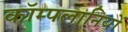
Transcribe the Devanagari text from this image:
कॉम्पलानियों